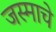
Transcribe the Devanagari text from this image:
जस्माचे